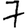
Digit: 7